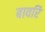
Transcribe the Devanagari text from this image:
बावरि